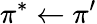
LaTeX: \pi^{*}\leftarrow\pi^{\prime}